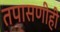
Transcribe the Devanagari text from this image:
तपासणीही